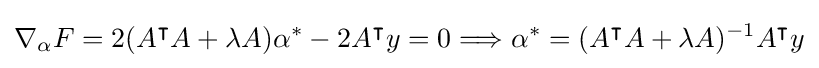
\nabla _{\alpha }F=2(A^{\intercal }A+\lambda A)\alpha ^{*}-2A^{\intercal }y=0\Longrightarrow \alpha ^{*}=(A^{\intercal }A+\lambda A)^{-1}A^{\intercal }y